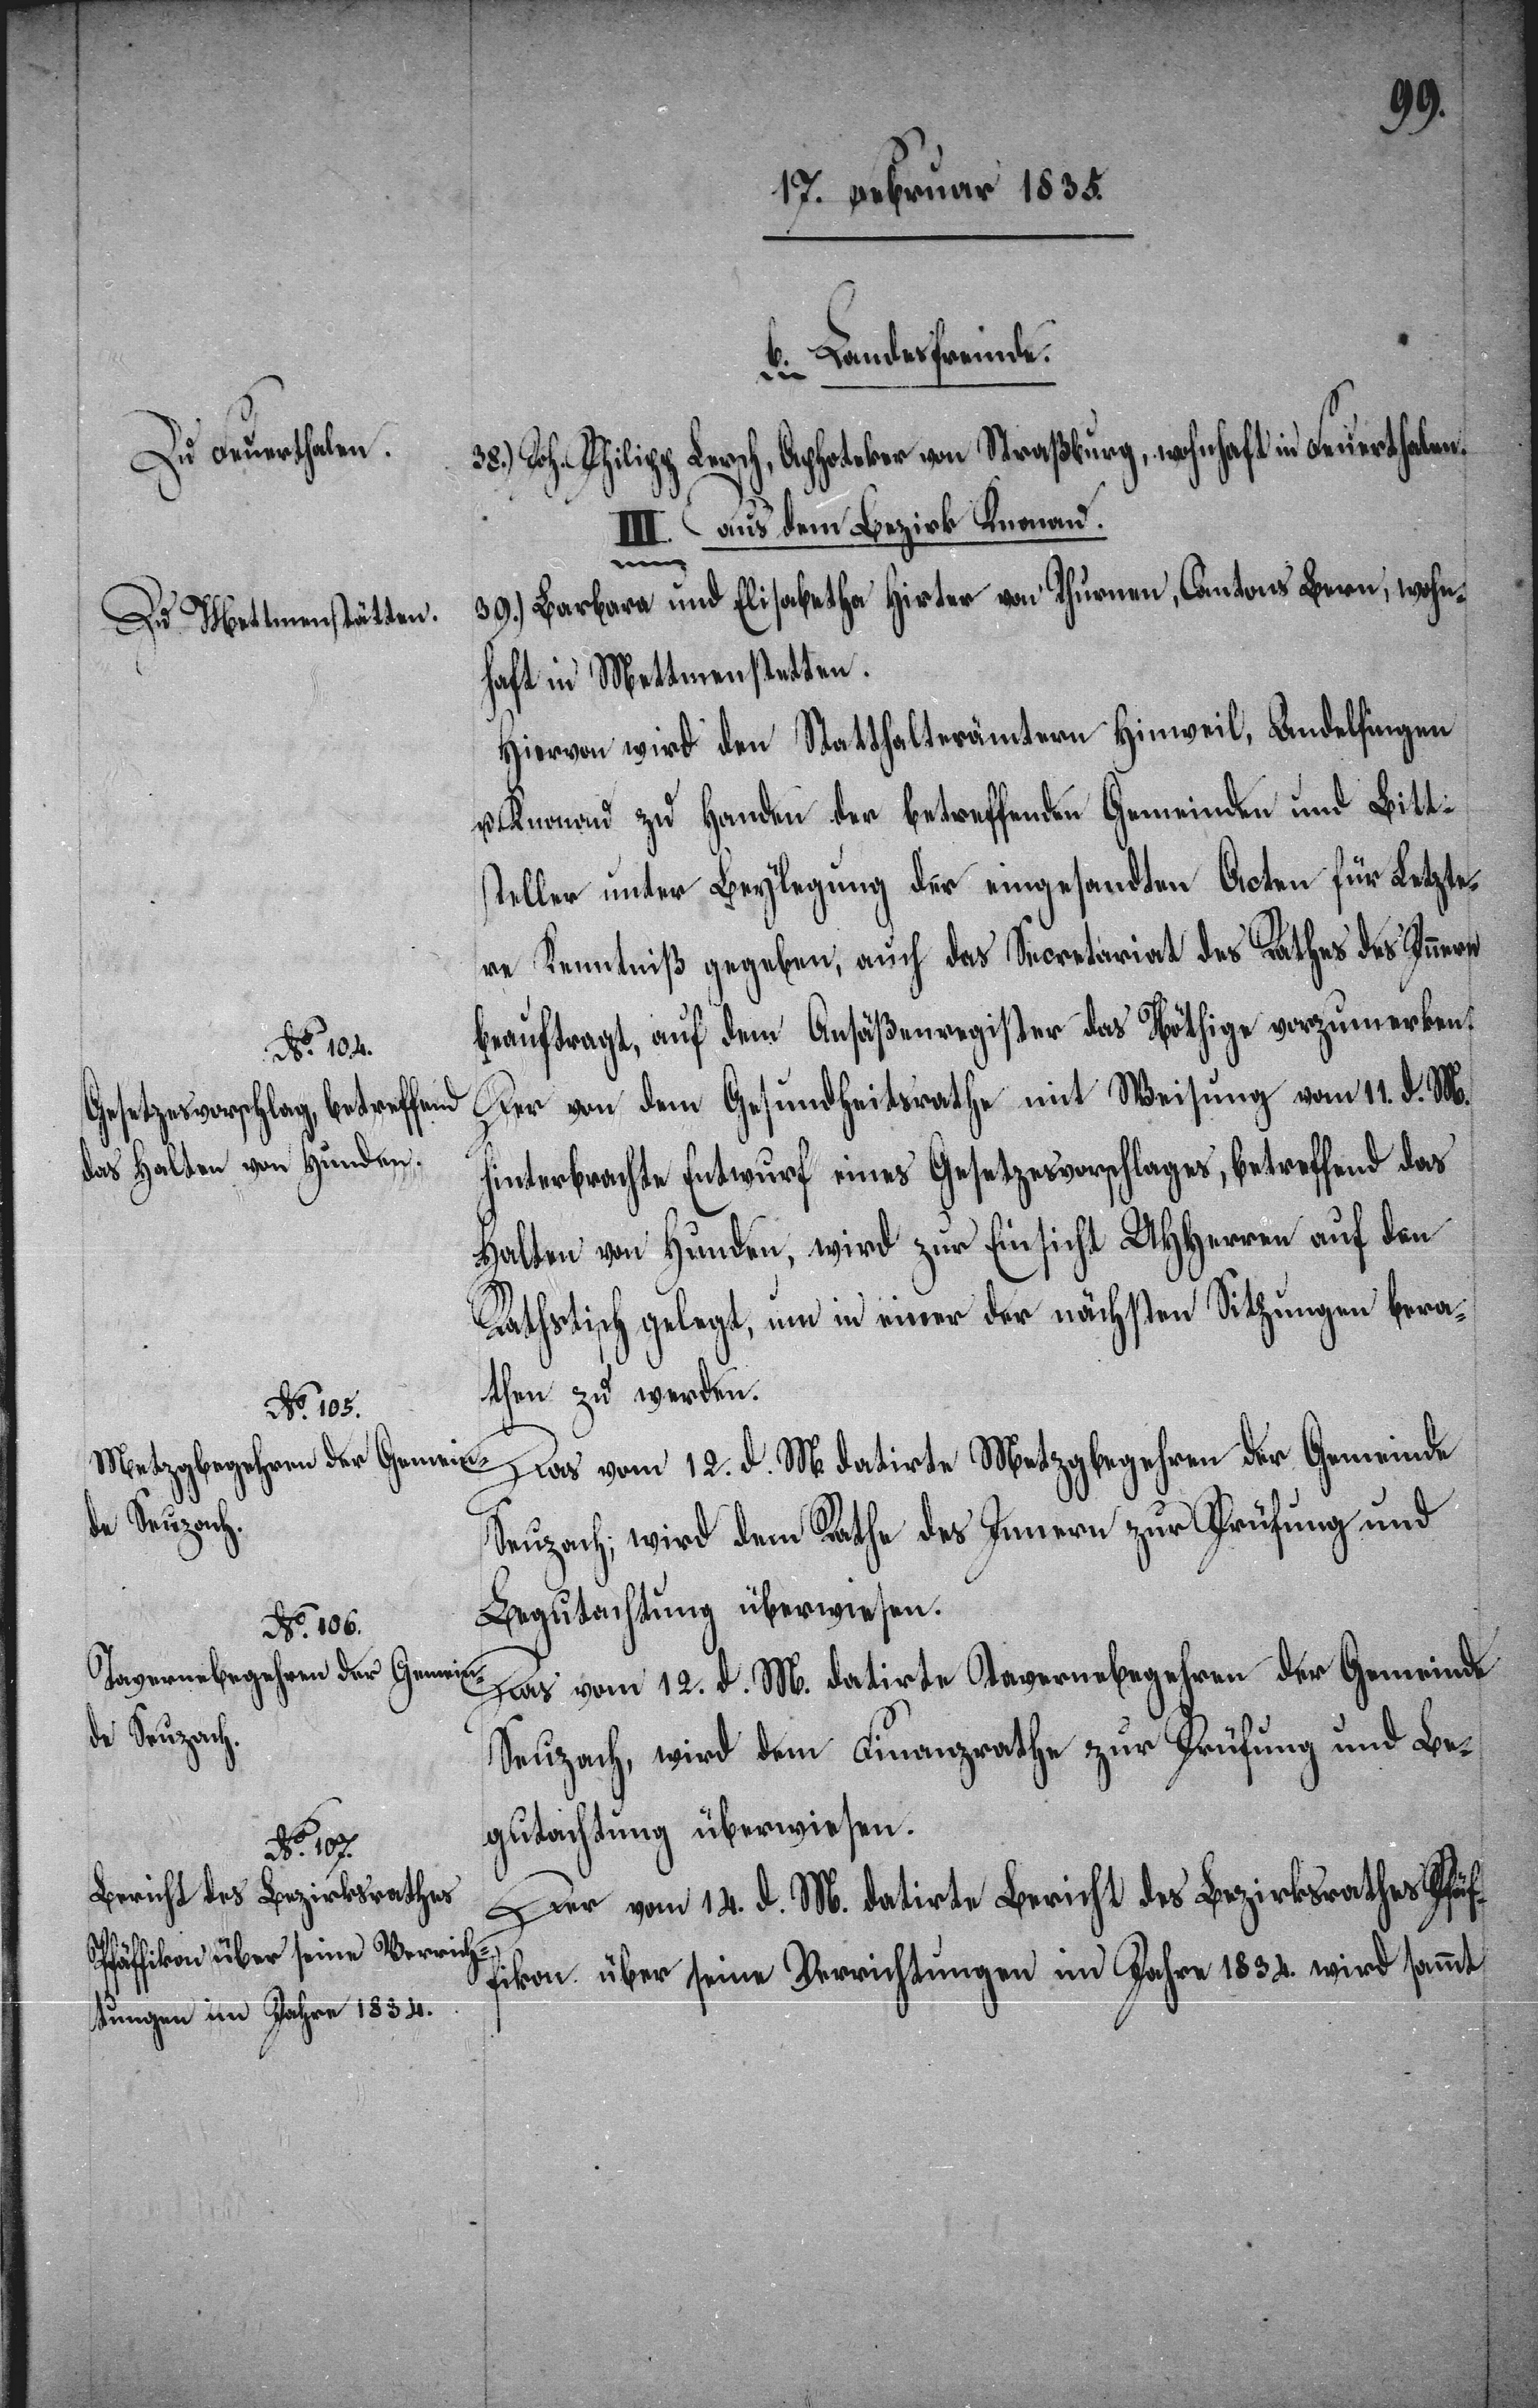
in Feuerthalen.
Zu Mettmen-stätten.
wohnhaft

b. Landesfremde.
III. Aus dem Bezirk Knonau.
39.) Barbara und Elisabetha Hirter von Thurnen, Cantons Bern, wohn¬
haft in Mettmenstetten.
Hiervon wird den Statthalterämtern Hinweil, Andelfingen
u. Knonau zu Handen der betreffenden Gemeinden und Bitt¬
steller unter Beylegung der eingesandten Acten für Letzte¬
re Kenntniß gegeben, auch das Secretariat des Rathes des Innern
beauftragt, auf dem Ansäßenregister das Nöthige vorzumerken.
Der von dem Gesundheitsrathe mit Weisung vom 11. d. M.
hinterbrachte Entwurf eines Gesetzesvorschlages, betreffend das
Halten von Hunden, wird zur Einsicht UHHerren auf den
Rathstisch gelegt, um in einer der nächsten Sitzungen bera¬
then zu werden.
Das vom 12. d. M. datirte Metzgbegehren der Gemeinde
Seuzach; wird dem Rathe des Innern zur Prüfung und
Begutachtung überwiesen.
Das vom 12. d. M. datirte Tavernebegehren der Gemeinde
Seuzach, wird dem Finanzrathe zur Prüfung und Be¬
gutachtung überwiesen.
Der vom 14. v. M. datirte Bericht des Bezirksrathes Pfäf¬
fikon über seine Verrichtungen im Jahre 1834. wird sammt